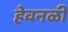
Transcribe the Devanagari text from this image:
हेवनळी